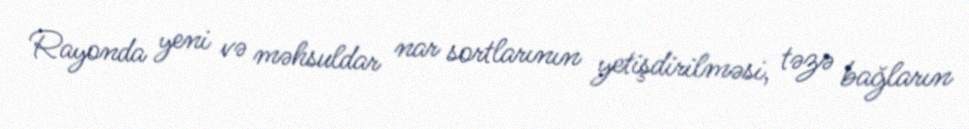
Rayonda yeni və məhsuldar nar sortlarının yetişdirilməsi, təzə bağların